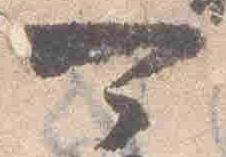
可